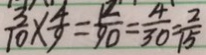
\frac { 3 } { 1 0 } \times \frac { 4 } { 9 } = \frac { 1 2 } { 9 0 } = \frac { 4 } { 3 0 } = \frac { 2 } { 1 5 }